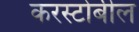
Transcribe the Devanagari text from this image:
करस्टोबील